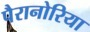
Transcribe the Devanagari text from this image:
पैरानोरिया